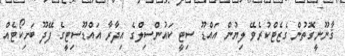
ޤާނޫނީގޮތުން ގެޒެޓްކުރެވޭ ލިޔުން އައްޑޫ ސިޓީ ކައުންސިލްގެ އިދާރާ އައްޑޫސިޓީގެ ފޭދޫ ބަށިކޯޓެއް